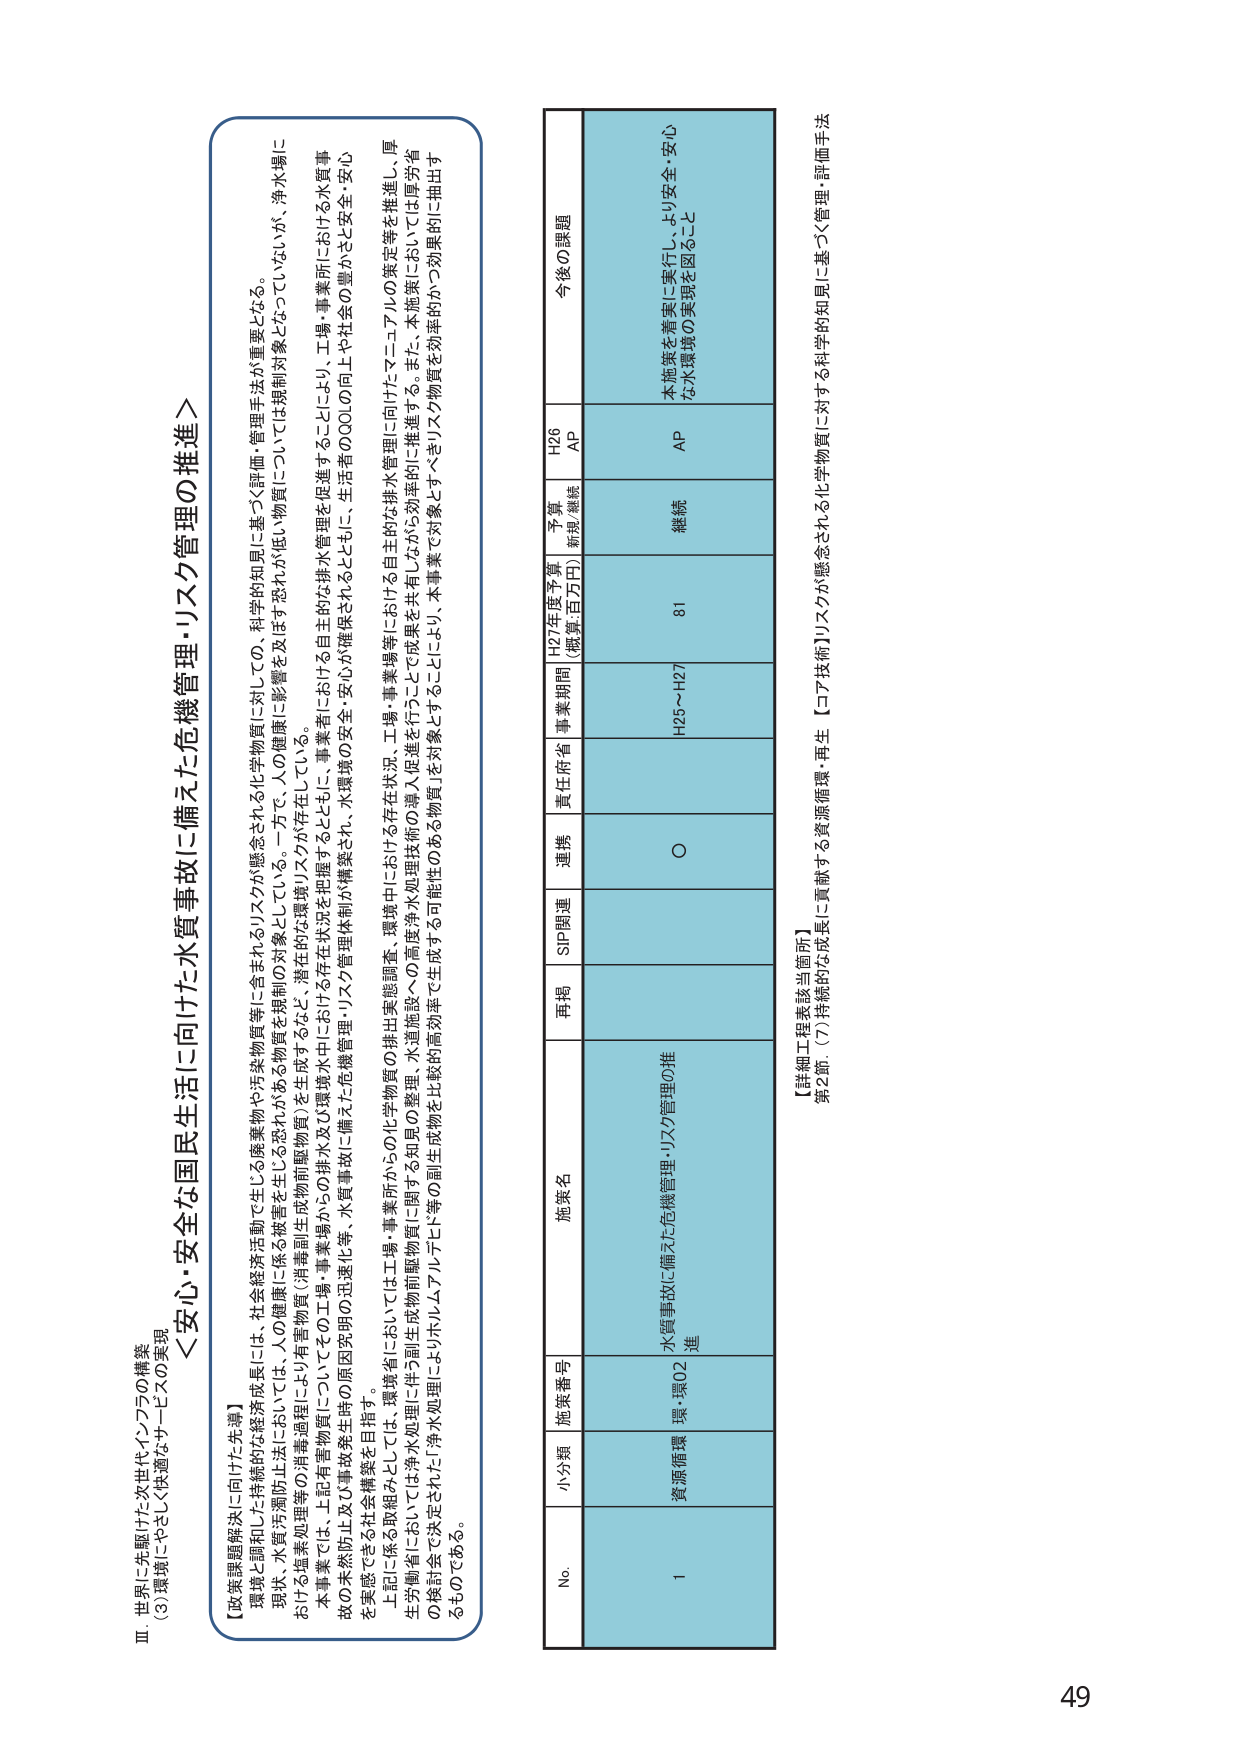
Ⅲ 世界に先駆けた次世代インフラの構築
(3)環境にやさしく快適なサービスの実現

＜安心・安全な国民生活に向けた水質事故に備えた危機管理・リスク管理の推進＞

【政策課題解決に向けた先導】
環境と調和した持続的な経済成長には、社会経済活動で生じる廃棄物や汚染物質等に含まれるリスクが懸念される化学物質に対しての、科学的知見に基づく評価・管理手法が重要となる。
現状、水質汚濁防止法においては、人の健康に係る被害を生じる恐れがある物質を規制の対象としている。一方で、人の健康に影響を及ぼす恐れが低い物質については規制対象となっていないが、浄水場における塩素処理等の消毒過程により有害物質（消毒副生成物前駆物質）を生成するなど、潜在的な環境リスクが存在している。
本事業では、上記有害物質についてその工場・事業場からの排水及び環境水中における存在状況を把握するとともに、事業者における自主的な排水管理を促進することにより、工場・事業所における水質事故の未然防止及び事故発生時の原因究明の迅速化等、水質事故に備えた危機管理・リスク管理体制が構築され、水環境の安全・安心が確保されるとともに、生活者のQOLの向上や社会の豊かさと安全・安心を実感できる社会構築を目指す。
上記に係る取組みとしては、環境省においては工場・事業所からの化学物質の排出実態調査、環境中における存在状況、工場・事業場等における自主的な排水管理に向けたマニュアルの策定等を推進し、厚生労働省においては浄水処理に伴う副生成物前駆物質に関する知見の整理、水道施設への高度浄水処理技術の導入促進を行うことで成果を共有しながら効率的に推進する。また、本施策においては厚労省の検討会で決定された「浄水処理によりホルムアルデヒド等の副生成物を比較的高効率で生成する可能性のある物質」を対象とすることにより、本事業で対象とするリスク物質を効率的かつ効果的に抽出するものである。

No. 小分類 施策番号 施策名 再掲 SIP関連 連携 責任府省 事業期間 H27年度予算 （概算:百万円） 予算 種類/継続 H26 AP 今後の課題
1 資源循環 環・環02 水質事故に備えた危機管理・リスク管理の推進 ○ H25～H27 81 継続 AP 本施策を着実に実行し、より安全・安心な水環境の実現を図ること

【詳細工程表該当箇所】
第2節 (7)持続的な成長に貢献する資源循環・再生 【コア技術】リスクが懸念される化学物質に対する科学的知見に基づく管理・評価手法

49